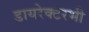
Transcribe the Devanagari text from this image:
डायरेक्टरभी